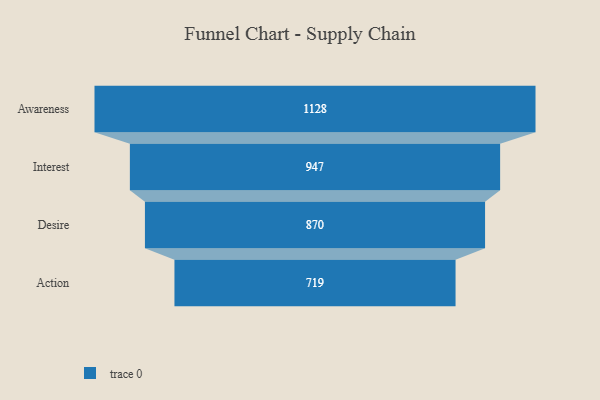
{"axis": {"x": "Stage", "y": "Value"}, "legend": [""], "data": [{"x": "Awareness", "y": 1128.0, "type": ""}, {"x": "Interest", "y": 947.0, "type": ""}, {"x": "Desire", "y": 870.0, "type": ""}, {"x": "Action", "y": 719.0, "type": ""}]}